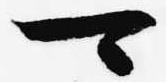
可